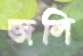
জলি